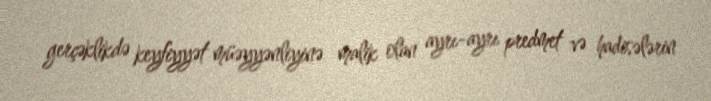
gerçəklikdə keyfiyyət müəyyənliyinə malik olan ayrı-ayrı predmet və hadisələrin